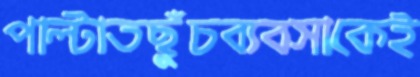
পাল্‌টাতছুঁচব্যবসাকেই